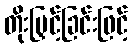
တိုးမြှင့်ခြင်းဖြင့်